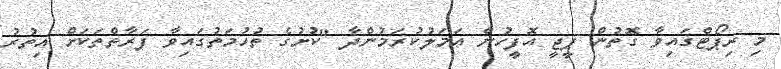
މި ރިޕޯޓްގައިވާ ގޮތުން ޕީޖީ އޮފީހުން އަމަލުކުރަމުންދާ "ކުށުގެ ތުހުމަތުގައިވާ ފަރާތްތަކަށް އިތުރު